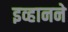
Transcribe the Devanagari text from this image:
इव्हानने